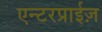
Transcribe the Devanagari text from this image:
एन्टरप्राईज़